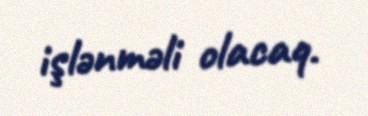
işlənməli olacaq.